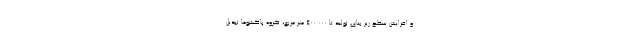
و افزایش سطح زیر بنای تولید تا 400.000 متر مربع، گروه پاکشوما تبدیل